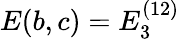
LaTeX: E(b,c)=E_{3}^{(12)}